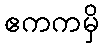
ဧကကမှိ